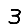
Digit: 3